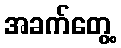
အခက်တွေ့